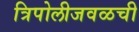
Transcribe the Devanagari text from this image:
त्रिपोलीजवळची